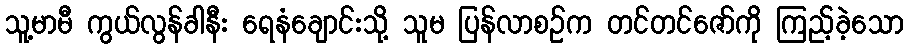
သူ့မာမီ ကွယ်လွန်ခါနီး ရေနံချောင်းသို့ သူမ ပြန်လာစဉ်က တင်တင်ဇော်ကို ကြည့်ခဲ့သော